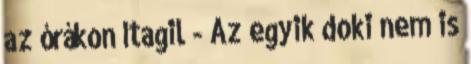
az órákon Itagil - Az egyik doki nem is